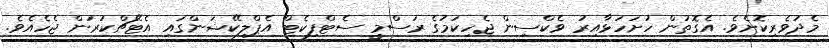
މެދުވެރިކޮށެވެ. އެގޮތުން ހުށަހަޅާއިރު ވެކްސިން ޖެހިކަމުގެ ރަސްމީ ސެޓްފިކެޓް އެޕްލިކޭޝަންގައި އެޓޭޗްކުރަން ޖެހެއެވެ.